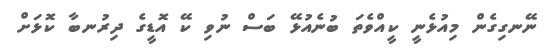
ނޭނގިގެން މިއުޅެނީ ކީއްވެތަ ބުނެއުޅޭ ބަސް ނުވި ކޭ އޮޑީގެ ދިރުނބާ ކޮޅަށް